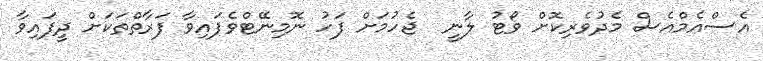
އެސްއެމްއެސް މެދުވެރިކޮށް ވޯޓު ލާނީ  ޖެހުމަށް ފަހު ނޮމިނޭޓްވެފައިވާ ފަރާތްތަކަށް ދީފައިވާ